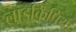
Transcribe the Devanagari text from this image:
लाइकिपिया